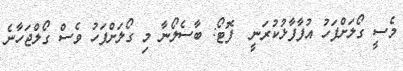
މެސީ ގޯލަށްފަހު އުފާފާޅުކުރަނީ  ފޮޓޯ: ބާސެލޯނާ މި ގޯލަށްފަހު ވެސް ގޯލްޖަހާނެ